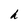
Character: h